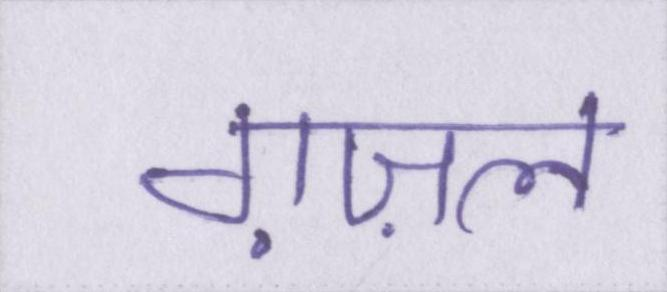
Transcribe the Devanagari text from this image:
ग़ज़ल